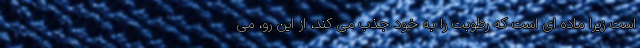
است زیرا ماده ای است که رطوبت را به خود جذب می کند، از این رو، می